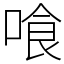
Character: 喰